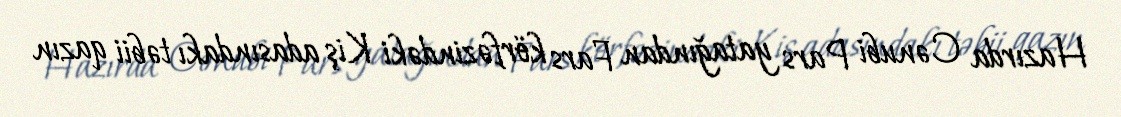
Hazırda Cənubi Pars yatağından Fars körfəzindəki Kiş adasındakı təbii qazın